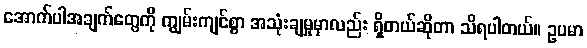
အောက်ပါအချက်တွေကို ကျွမ်းကျင်စွာ အသုံးချမှုမှာလည်း ရှိတယ်ဆိုတာ သိရပါတယ်။ ဥပမာ